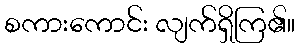
စကားကောင်း လျက်ရှိကြ၏။